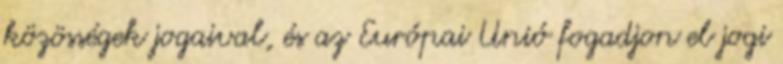
közösségek jogaival, és az Európai Unió fogadjon el jogi